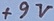
Text: +9V